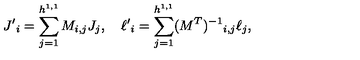
{ J ^ { \prime } } _ { i } = \sum _ { j = 1 } ^ { h ^ { 1 , 1 } } M _ { i , j } J _ { j } , \quad { \ell ^ { \prime } } _ { i } = \sum _ { j = 1 } ^ { h ^ { 1 , 1 } } ( M ^ { T } ) ^ { - 1 } { } _ { i , j } \ell _ { j } ,